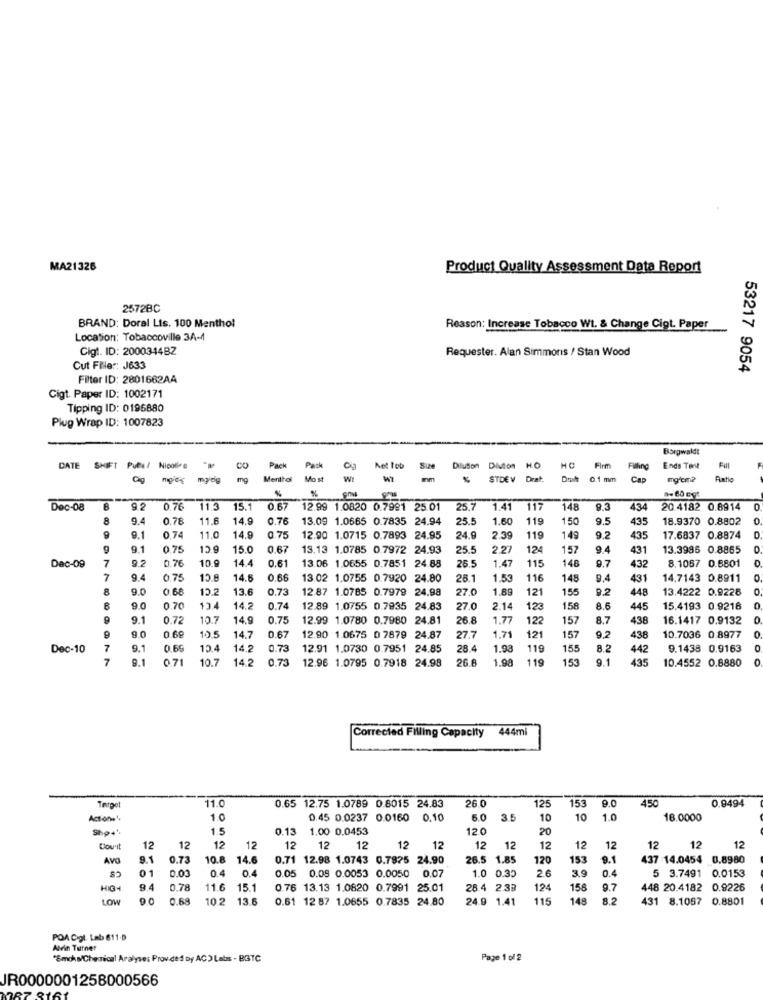
MA21326
Product Quality Assessment Data Report
2572BC
BRAND: Doral Lis. 100 Menthol
Reason: Increase Tobacco Wt. & Change Cigt. Paper
Location: Tobaccoville 3A-4
Cigi. ID: 2000344BZ
Requester. Alan Simmoris / Stan Wood
Cut Filer: J633
53217 9054
Filter ID: 2801662AA
Cigt. Paper ID: 1002171
Tipping ID: 0196880
Plug Wrap ID: 1007823
Borgwaldt
DATE
SHIFT Pubs/ Nicolire
Pack
Pack
Net Tob
Size
Dilution DIuton
H.O
HC
Firm
Filling
Ends Tent
majd
mg
Menthol
Mo st
Wt
STDEV
Drat
0.1 mm
Cap
mgfcm?
Ratio
%
%
Dec-08
9.2
0.76
11.3
15.
0.67
12.99 1.0820 0.7991 25.01
25.7
1.41
117
148
434
20.4182 0.8914
8
9.4
0.76
11.6
14.9
0,76
13.09 1.0665 0.7835 24.94
25.5
1.60
119
150
9.5
435
18.9370 0.8802
0
0.75
9.1
0.74
11.0
14.9
12.90 1.0715 0.7893 24.95
24.9
2.39
119
149
9.2
435
17.6837 0.8874
9.1
0.75
13.9
15.0
0.67
13.13 1.0785 0.7972 24.93
25.5
2.27
124
157
9.4
431
13.3986 0.8865
7
9.2
0.76
10.9
14.4
0.61
13.06 1.0655 0.7851 24.88
26.5
1.47
115
146
9.7
432
8.1057 0.8801
Dac-09
7
9.4
0.75
14.6
0.68
13.02 1.0755 0.7920 24.80
28.1
1.53
116
148
9.4
431
14.7143 0.8911
8
9.0
0.68
12.2
13.6
0.73
12.87 1.07B5 0.7979 24.98
27.0
1.89
121
155
9.2
448
13.4222 0.9228
9.0
0.70
134
14.2
0.74
12.89 1.0755 0.7935 24.83
27.0
2.14
123
158
8.6
445
15.4193 0.9218
9.1
0.72
10.7
14.9
0.75
12.99 1.0780 0.7980 24.81
26.8
1.77
122
157
8.7
438
16.1417 0.9132
0
9.0
1.71
0 .69
10.5
14.7
0.67
12.90 1.0675 0 7879 24.87
27.7
121
157
9,2
438
10.7036 0.8977
Dec-10
7
9.1
0.69
10.4
14.2
0.73
12.91 1.0730 0.7951 24.85
28.4
1.98
119
155
8.2
442
9.1438 0.9163
7
9.1
071
10.7
14.2
0.73
12.96 1.0795 0.7918 24.98
26.6
1.90
119
153
9.º
435
10.4552 0.8880
Corrected Filling Capacity 444mi
11.0
26.0
153
9.0
450
0.9494
Targe
0.65 12.75 1.0789 0.8015 24.83
125
Actone'
1.0
0.45 0.0237 0.0160 0.10
6.0
35
10
10
1.0
16.0000
Shp+'.
1.5
0.13
1.00 0.0453
12.0
20
Dou'it
12
12
12
12
12
12
12
12
12
12
12
12
12
12
12
12
12
AVO
9.1
0.73
10.8
14.6
0.71 12.98 1.0743 0.7825 24.90
26.5 1.85
120
153
9.1
437 14.0454 0.8980
01
0.00
0.4
1.0 0.35
3.9
0.4
5 3.7491 0.0153
0.4
0.05 0.05 0.0053 0.0050 0.07
2.6
HIG-
9.4
0.78
11.6
15.1
0.76 13.13 1.0820 0.7991 25.01
28.4 2.33
124
158
9.7
448 20.4182 0.9226
LOW
0.68
10.2 13.6
0.61 12 87 1.0655 0.7835 24.80
24.9 1.41
115
148
8.2
431 8.1057 0.8801
POA Col Lab 611-D
Alvin Turner
'Smohs/Chemical Aralyse: Provided by AC) Labs - BGTC
Page 1 of 2
JR0000001258000566